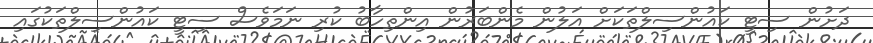
ދަށުން ސިޓީ ކައުންސިލްތަކަށް އަލުން މެންބަރުން އިންތިހާބު ކުރި ނަމަވެސް ސިޓީ ކައުންސިލްތަކުގައި